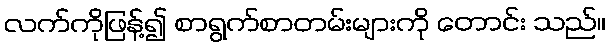
လက်ကိုဖြန့်၍ စာရွက်စာတမ်းများကို တောင်း သည်။